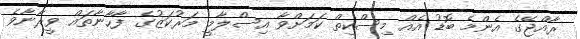
ރާއްޖޭގެ އެންމެ ބޮޑު އެއް މިސްކިތް ކަމަށްވާ އިސްލާމީ މަރުކަޒުގެ ފާހާނާތައް ވީރާނާވެ